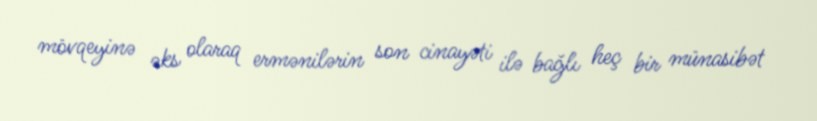
mövqeyinə əks olaraq ermənilərin son cinayəti ilə bağlı heç bir münasibət